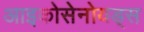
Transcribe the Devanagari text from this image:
आइकोसेनोयड्स